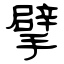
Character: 擘